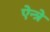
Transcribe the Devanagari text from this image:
ऐन्त्रे